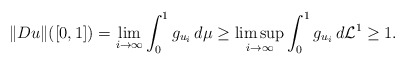
\begin{align*}\Vert Du\Vert([0,1])=\lim_{i\to\infty}\int_0^1g_{u_i}\,d\mu\ge \limsup_{i\to\infty}\int_0^1g_{u_i}\,d\mathcal L^1\ge 1.\end{align*}